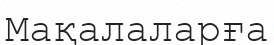
Мақалаларға